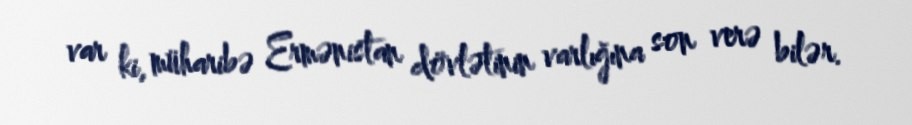
var ki, müharibə Ermənistan dövlətinin varlığına son verə bilər.